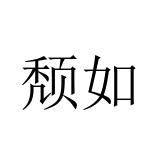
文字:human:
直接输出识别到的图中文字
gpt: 颓如